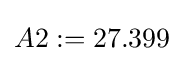
A2:=27.399